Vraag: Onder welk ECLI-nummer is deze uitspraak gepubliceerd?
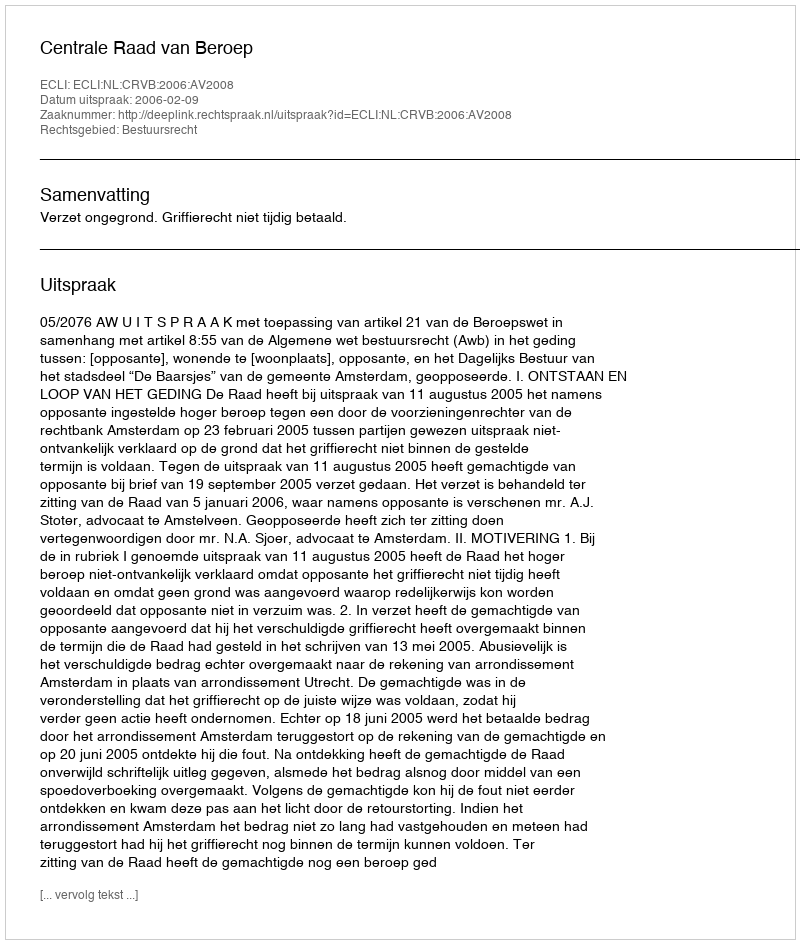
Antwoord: ECLI:NL:CRVB:2006:AV2008